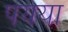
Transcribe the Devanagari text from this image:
पयया